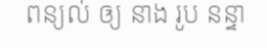
ពន្យល់ ឲ្យ នាង រូប នន្ទា